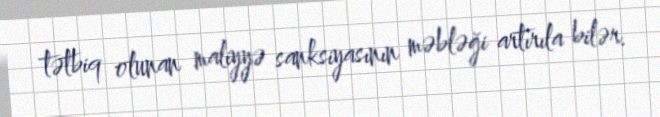
tətbiq olunan maliyyə sanksiyasının məbləği artırıla bilər.